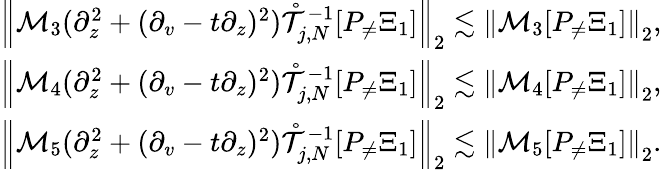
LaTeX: \begin{array}{r}{\left\| \mathcal{M}_{3}(\partial_{z}^{2}+(\partial_{v}-t\partial_{z})^{2})\mathring{\mathcal{T}}_{j,N}^{-1}[P_{\neq}\Xi_{1}]\right\| _{2}\lesssim\left\| \mathcal{M}_{3}[P_{\neq}\Xi_{1}]\right\| _{2},}\\ {\left\| \mathcal{M}_{4}(\partial_{z}^{2}+(\partial_{v}-t\partial_{z})^{2})\mathring{\mathcal{T}}_{j,N}^{-1}[P_{\neq}\Xi_{1}]\right\| _{2}\lesssim\left\| \mathcal{M}_{4}[P_{\neq}\Xi_{1}]\right\| _{2},}\\ {\left\| \mathcal{M}_{5}(\partial_{z}^{2}+(\partial_{v}-t\partial_{z})^{2})\mathring{\mathcal{T}}_{j,N}^{-1}[P_{\neq}\Xi_{1}]\right\| _{2}\lesssim\left\| \mathcal{M}_{5}[P_{\neq}\Xi_{1}]\right\| _{2}.}\end{array}